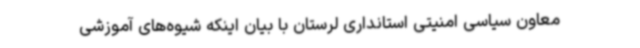
معاون سیاسی امنیتی استانداری لرستان با بیان اینکه شیوه‌های آموزشی